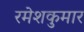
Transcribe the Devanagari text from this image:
रमेशकुमार